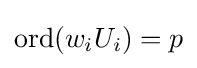
\mathrm {ord} (w_{i}U_{i})=p